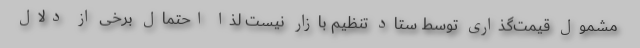
مشمول قیمت‌گذاری توسط ستاد تنظیم بازار نیست لذا احتمال برخی از دلال